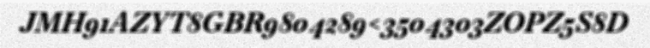
JMH91AZYT8GBR9804289<3504303ZOPZ5S8D